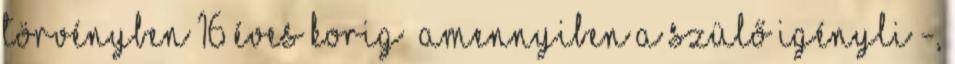
törvényben 16 éves korig –amennyiben a szülő igényli -,